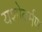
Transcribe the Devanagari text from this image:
यशोवर्मण